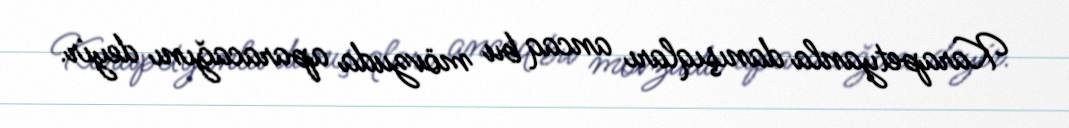
Karapetyanla danışıqları ancaq bu mövzuda aparacağını deyir.